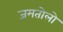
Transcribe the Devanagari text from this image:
जमतोलो